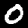
Digit: 0